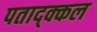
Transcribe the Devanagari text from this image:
पताद्क्कल